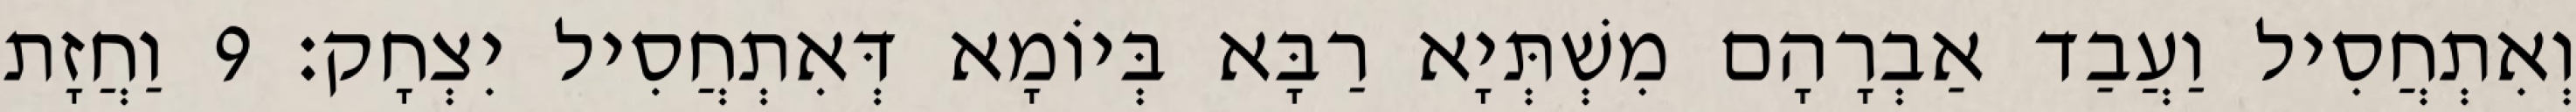
וְאִתְחֲסִיל וַעֲבַד אַבְרָהָם מִשְׁתְּיָא רַבָּא בְּיוֹמָא דְּאִתְחֲסִיל יִצְחָק׃ 9 וַחֲזָת